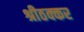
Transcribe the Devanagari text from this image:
श्रीठक्कर